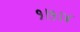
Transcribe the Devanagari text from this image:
१।१।४